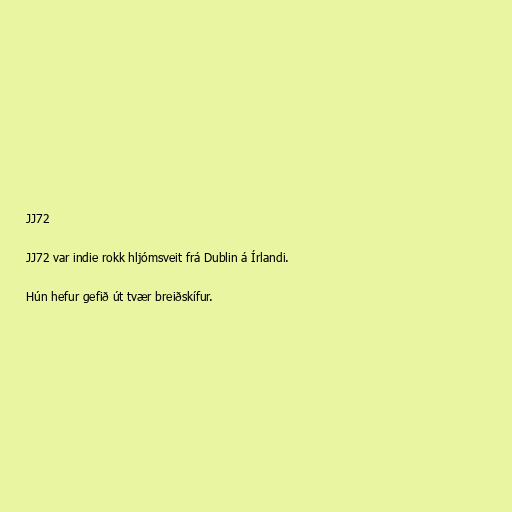
JJ72

JJ72 var indie rokk hljómsveit frá Dublin á Írlandi.

Hún hefur gefið út tvær breiðskífur.